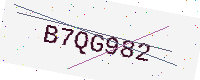
Text: B7QG982